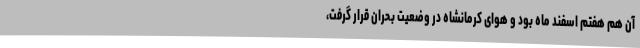
آن هم هفتم اسفند ماه بود و هوای کرمانشاه در وضعیت بحران قرار گرفت،